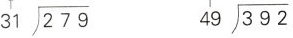
\longdiv { 2 7 9 } { 3 1 } \longdiv { 3 9 2 } { 4 9 }